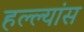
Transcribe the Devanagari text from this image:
हल्ल्यांस